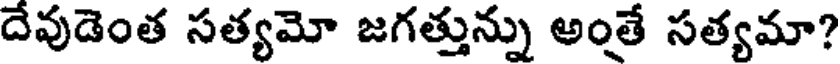
దేవుడెంత సత్యమో జగత్తున్ను అంతే సత్యమా?